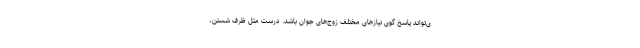
ی‌تواند پاسخ گوی نیازهای مختلف زوج‌های جوان باشد. درست مثل ظرف شستن،